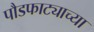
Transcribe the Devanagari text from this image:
पौडफाट्याच्या